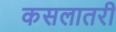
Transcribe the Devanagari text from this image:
कसलातरी